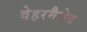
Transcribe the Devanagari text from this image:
वेहरमैचेट